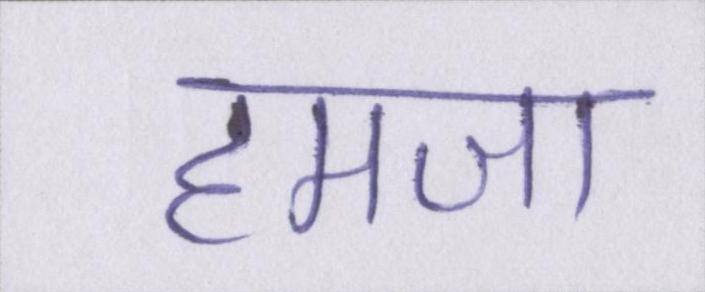
हमजा